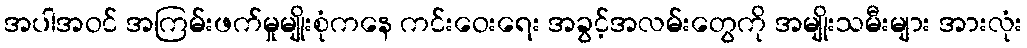
အပါအဝင် အကြမ်းဖက်မှုမျိုးစုံကနေ ကင်းဝေးရေး အခွင့်အလမ်းတွေကို အမျိုးသမီးများ အားလုံး